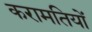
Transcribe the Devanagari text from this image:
करामतियों